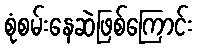
စုံစမ်းနေဆဲဖြစ်ကြောင်း